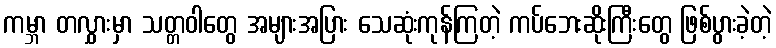
ကမ္ဘာ တလွှားမှာ သတ္တဝါတွေ အများအပြား သေဆုံးကုန်ကြတဲ့ ကပ်ဘေးဆိုးကြီးတွေ ဖြစ်ပွားခဲ့တဲ့